system: You are a helpful assistant.
user:
Analyze the provided spectrum to determine if it is a **M-type Giant (gM)**.

A M-type Giant spectrum is defined by its **strong molecular absorption** features, particularly from **Titanium Oxide (TiO)**. You must check for one of the following mutually exclusive signatures:

- **Key Visual Indicators (Absorption-Dominated Spectrum):**

    - **(Primary):** The spectrum is dominated by strong molecular absorption from **Titanium Oxide (TiO)**. This is the **defining feature** of its M-type temperature class.
        - **(Key Bandheads):** Look for sharp, "saw-tooth" absorption valleys. The strongest are located near **~7050 Å**, **~6160 Å**, and **~5170 Å**.
        - **(Line Profile):** The "saw-tooth" morphology is critical: a **sharp, steep drop on the BLUE (short-wavelength) side** of the bandhead, followed by a gradual recovery (rising flux) towards the RED (long-wavelength) side.

    - **(Key Confirmation - Giant vs. Dwarf):** **ABSENCE** of strong **Calcium Hydride (CaH)** molecular bands. This is the primary diagnostic for *excluding* M-dwarfs.
        - **(Key Region):** The spectrum should lack the strong, broad absorption band seen in dwarfs between **~6800 Å and ~7000 Å**.

    - **(Secondary Confirmation - Giant):** A very strong and broad **Neutral Calcium (Ca I)** atomic absorption line.
        - **(Key Line):** Located at **~4226 Å**. In a giant (gM), this line is significantly deeper and broader than the same line in an M-dwarf (dM) due to low surface gravity.

    - **(Overall Spectrum):**
        - The continuum is **extremely red-sloping** (i.e., flux is very low in the blue and rises dramatically towards the red).
        - The entire spectrum appears "chopped up" by the deep TiO bands.

Think first, call **spectral_visualization_tool** if needed to examine features in detail, then provide your final answer. Your response must adhere to the following strict rules:
1.  **Overall Structure:** Your response must follow the format `<think>...</think> <tool_call>...</tool_call> (if a tool is used) <answer>...</answer>`.
2.  **Tool Usage Constraint:** You may only make **one** tool call per turn.
3.  **Final Answer Format:** In the `<answer>` tag, your conclusion must be inside a `\boxed{}` command (e.g., `\boxed{YES}` or `\boxed{NO}`), followed by your justification.

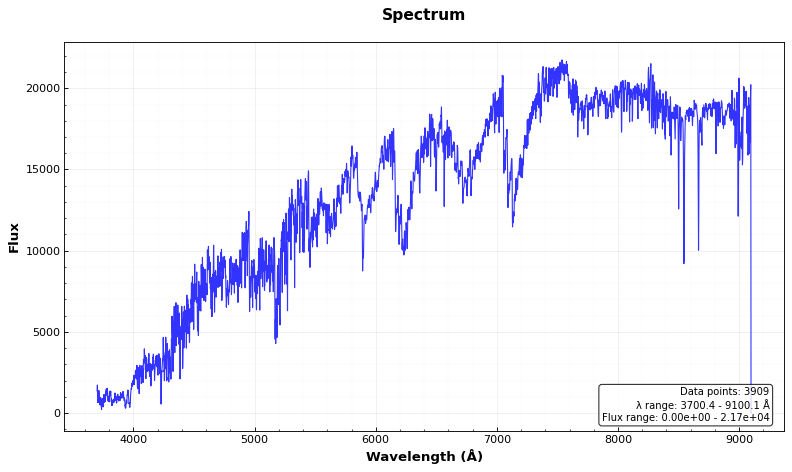
Answer: YES